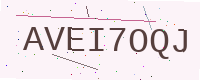
Text: AVEI7OQJ